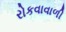
રોકવાવાળી